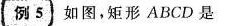
例5 如图，矩形ABCD是